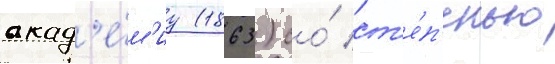
акад'е́м'иу (1863) со́ ст'е́п'енью